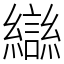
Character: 䜌